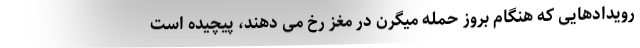
رویدادهایی که هنگام بروز حمله میگرن در مغز رخ می دهند، پیچیده است